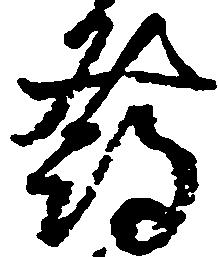
発